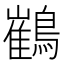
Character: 䳽